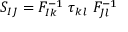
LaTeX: S _ { I J } = F _ { I k } ^ { - 1 } ~ \tau _ { k l } ~ F _ { J l } ^ { - 1 }